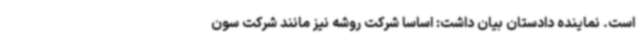
است. نماینده دادستان بیان داشت: اساساً شرکت روشه نیز مانند شرکت سون